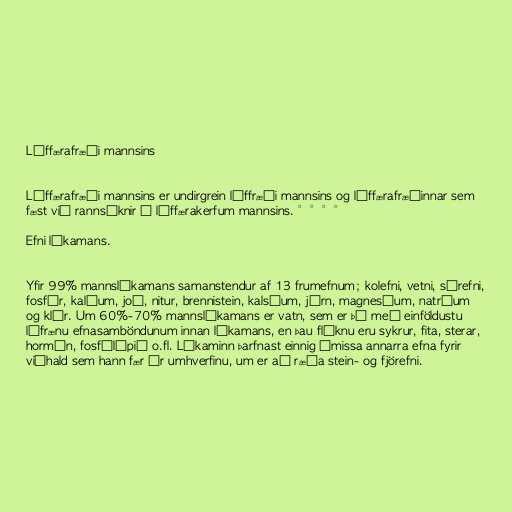
Líffærafræði mannsins

Líffærafræði mannsins er undirgrein líffræði mannsins og líffærafræðinnar sem
fæst við rannsóknir á líffærakerfum mannsins. °°°°

Efni líkamans.

Yfir 99% mannslíkamans samanstendur af 13 frumefnum; kolefni, vetni, súrefni,
fosfór, kalíum, joð, nitur, brennistein, kalsíum, járn, magnesíum, natríum
og klór. Um 60%-70% mannslíkamans er vatn, sem er þá með einföldustu
lífrænu efnasamböndunum innan líkamans, en þau flóknu eru sykrur, fita, sterar,
hormón, fosfólípið o.fl. Líkaminn þarfnast einnig ýmissa annarra efna fyrir
viðhald sem hann fær úr umhverfinu, um er að ræða stein- og fjörefni.